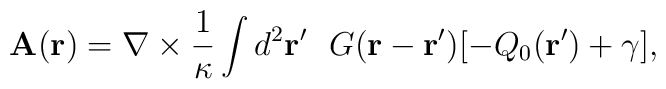
{\bf{A}}({\bf r})={\bf \nabla}\times\frac{1}{\kappa}\int d^2{\bf{r'}}~~G({{\bf r}-\bf{r'}})[-Q_0({\bf{r'}})+\gamma],